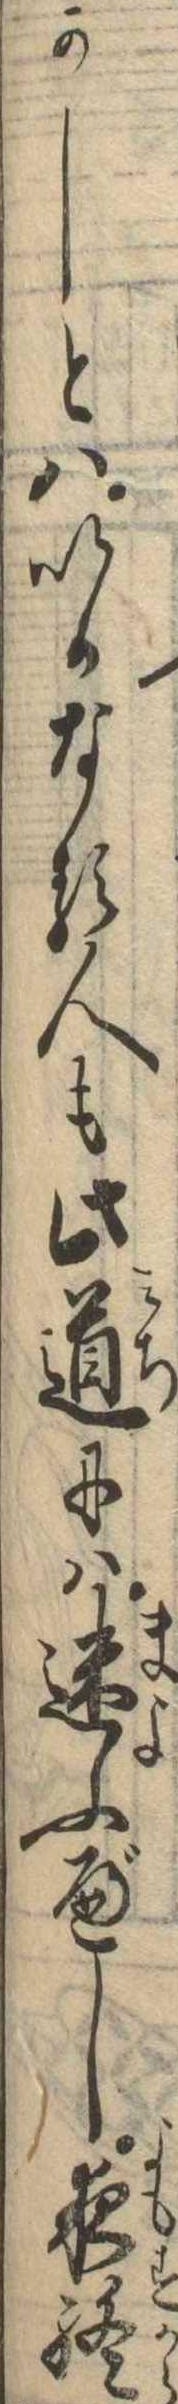
かしとはいかなる人も此道には迷ふべし夜終